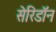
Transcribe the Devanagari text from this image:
सेरिडॉन